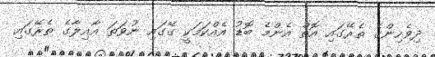
ދިވެހިންގެ ތެރޭގައި އޮތް އެންމެ ބޮޑު އެއްކަމަކީ ގޭގައި ނުވަތަ އާއިލާގެ ތެރޭގައި